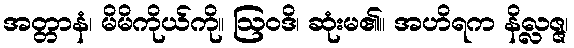
အတ္တာနံ၊ မိမိကိုယ်ကို။ ဩဝဒိ၊ ဆုံးမ၏။ အဟိရက နိလ္လဇ္ဇ၊